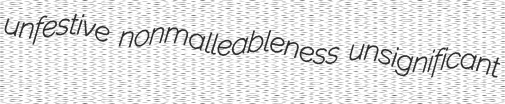
unfestive nonmalleableness unsignificant